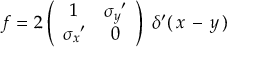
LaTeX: f = 2 \left( \begin{array} { c c } { { 1 } } & { { { \sigma _ { y } } ^ { \prime } } } \\ { { { \sigma _ { x } } ^ { \prime } } } & { { 0 } } \end{array} \right) \; \delta ^ { \prime } ( \, x \, - \, y \, )